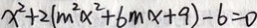
x ^ { 2 } + 2 ( m ^ { 2 } x ^ { 2 } + 6 m x + 9 ) - 6 = 0